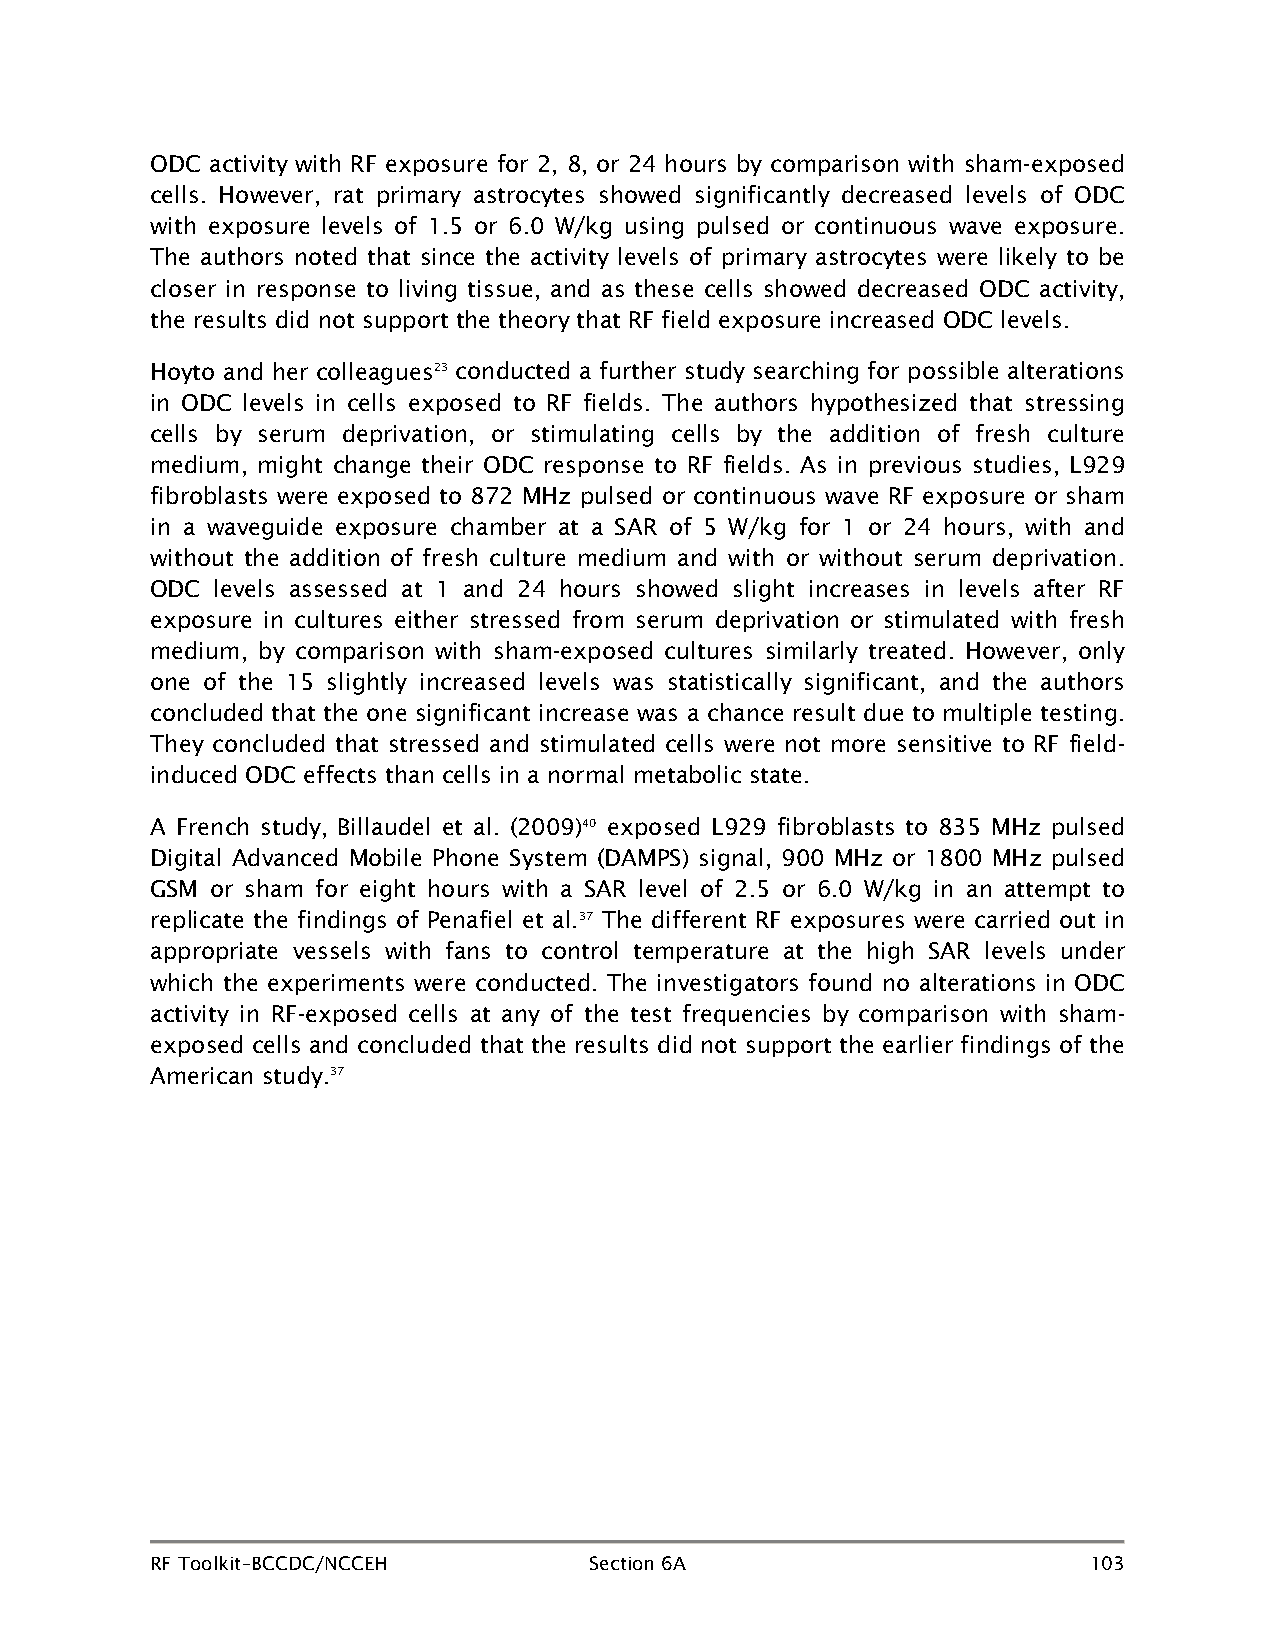
ODC activity with RF exposure for 2, 8, or 24 hours by comparison with sham-exposed
 cells. However, rat primary astrocytes showed significantly decreased levels of ODC
 with exposure levels of 1.5 or 6.0 W/kg using pulsed or continuous wave exposure.
 The authors noted that since the activity levels of primary astrocytes were likely to be
 closer in response to living tissue, and as these cells showed decreased ODC activity,
 the results did not support the theory that RF field exposure increased ODC levels.
 Hoyto and her colleagues23 conducted a further study searching for possible alterations
 in ODC levels in cells exposed to RF fields. The authors hypothesized that stressing
 cells by serum deprivation, or stimulating cells by the addition of fresh culture
 medium, might change their ODC response to RF fields. As in previous studies, L929
 fibroblasts were exposed to 872 MHz pulsed or continuous wave RF exposure or sham
 in a waveguide exposure chamber at a SAR of 5 W/kg for 1 or 24 hours, with and
 without the addition of fresh culture medium and with or without serum deprivation.
 ODC levels assessed at 1 and 24 hours showed slight increases in levels after RF
 exposure in cultures either stressed from serum deprivation or stimulated with fresh
 medium, by comparison with sham-exposed cultures similarly treated. However, only
 one of the 15 slightly increased levels was statistically significant, and the authors
 concluded that the one significant increase was a chance result due to multiple testing.
 They concluded that stressed and stimulated cells were not more sensitive to RF field-
 induced ODC effects than cells in a normal metabolic state.
 A French study, Billaudel et al. (2009)40 exposed L929 fibroblasts to 835 MHz pulsed
 Digital Advanced Mobile Phone System (DAMPS) signal, 900 MHz or 1800 MHz pulsed
 GSM or sham for eight hours with a SAR level of 2.5 or 6.0 W/kg in an attempt to
 replicate the findings of Penafiel et al.37 The different RF exposures were carried out in
 appropriate vessels with fans to control temperature at the high SAR levels under
 which the experiments were conducted. The investigators found no alterations in ODC
 activity in RF-exposed cells at any of the test frequencies by comparison with sham-
 exposed cells and concluded that the results did not support the earlier findings of the
 American study.37
 RF Toolkit–BCCDC/NCCEH       Section 6A                       103